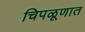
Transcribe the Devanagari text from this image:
चिपळूणात